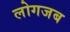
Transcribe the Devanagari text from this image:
लोगजब